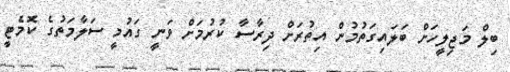
ބިލް މަޖިލީހަށް ބަލައިގަތުމުން އިތުރަށް ދިރާސާ ކުރުމަށް ވަނީ ގައުމީ ސަލާމަތުގެ ކޮމެޓީ